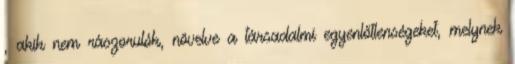
, akik nem rászorulók, növelve a társadalmi egyenlőtlenségeket, melynek